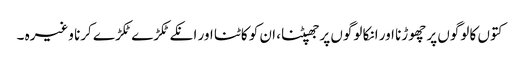
کتوں کا لوگوں پر چھوڑنا اور انکا لوگوں پر جھپٹنا، ان کو کاٹنا اور انکے ٹکڑے ٹکڑے کرنا وغیرہ ۔